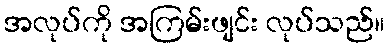
အလုပ်ကို အကြမ်းဖျင်း လုပ်သည်။